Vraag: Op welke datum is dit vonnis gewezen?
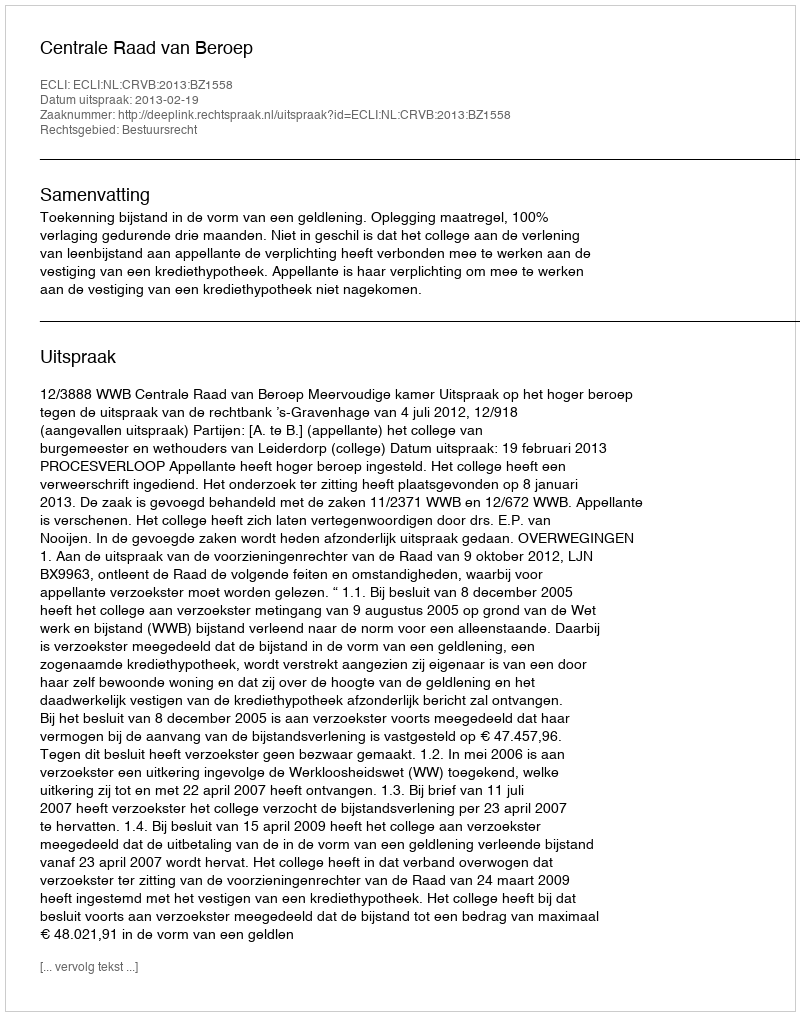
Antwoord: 2013-02-19